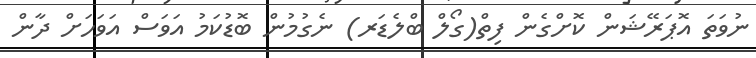
ނުވަތަ އޮޕަރޭޝަން ކޮށްގެން ފިތް(ގޯލް ބްލެޑަރ) ނެގުމުން ބޮޑުކަމު އަވަސް އަވަހަށް ދާން